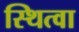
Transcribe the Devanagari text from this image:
स्थित्वा